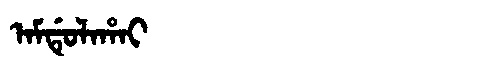
Manchu: ᠠᠮᡩᡠᠯᠠᡥᠠᡳ
Romanization: AMDULAHAI